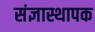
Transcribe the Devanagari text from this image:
संज्ञास्थापक